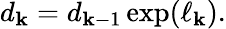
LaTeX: d_{\mathbf{k}}=d_{\mathbf{k}-1}\exp(\ell_{\mathbf{k}}).